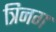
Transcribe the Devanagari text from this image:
त्रिनग